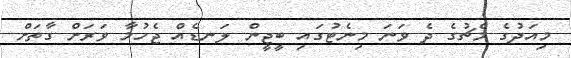
މިއަދުގެ މެޗުގެ ދެ ވަނަ މިނެޓުގައި ބީޖީން ލަނޑެއް ޖެހުމާ ވަރަށް ގާތަށް